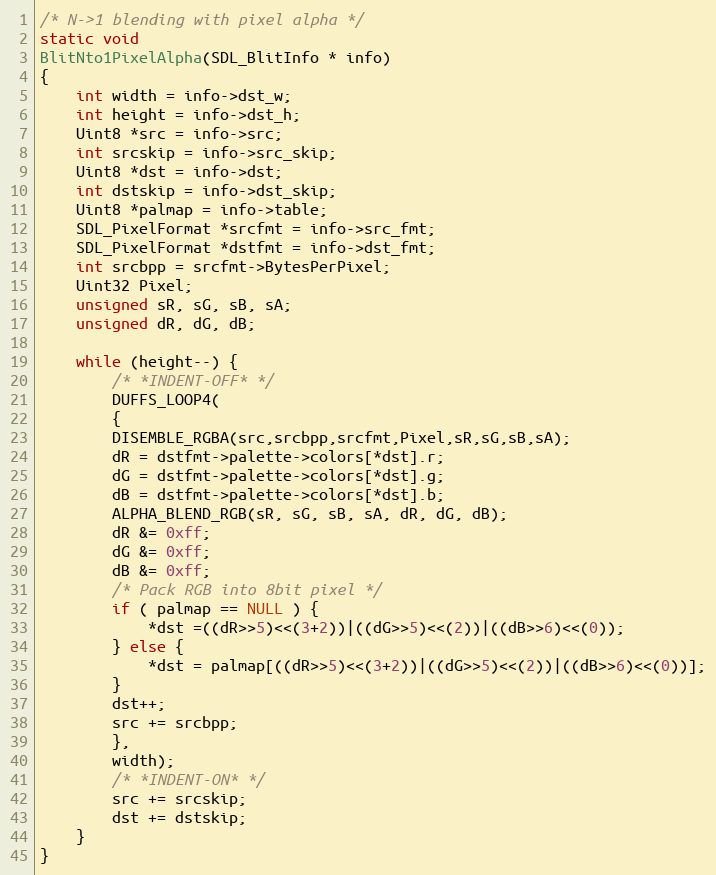
Language: C
/* N->1 blending with pixel alpha */
static void
BlitNto1PixelAlpha(SDL_BlitInfo * info)
{
    int width = info->dst_w;
    int height = info->dst_h;
    Uint8 *src = info->src;
    int srcskip = info->src_skip;
    Uint8 *dst = info->dst;
    int dstskip = info->dst_skip;
    Uint8 *palmap = info->table;
    SDL_PixelFormat *srcfmt = info->src_fmt;
    SDL_PixelFormat *dstfmt = info->dst_fmt;
    int srcbpp = srcfmt->BytesPerPixel;
    Uint32 Pixel;
    unsigned sR, sG, sB, sA;
    unsigned dR, dG, dB;

    while (height--) {
	    /* *INDENT-OFF* */
	    DUFFS_LOOP4(
	    {
		DISEMBLE_RGBA(src,srcbpp,srcfmt,Pixel,sR,sG,sB,sA);
		dR = dstfmt->palette->colors[*dst].r;
		dG = dstfmt->palette->colors[*dst].g;
		dB = dstfmt->palette->colors[*dst].b;
		ALPHA_BLEND_RGB(sR, sG, sB, sA, dR, dG, dB);
		dR &= 0xff;
		dG &= 0xff;
		dB &= 0xff;
		/* Pack RGB into 8bit pixel */
		if ( palmap == NULL ) {
		    *dst =((dR>>5)<<(3+2))|((dG>>5)<<(2))|((dB>>6)<<(0));
		} else {
		    *dst = palmap[((dR>>5)<<(3+2))|((dG>>5)<<(2))|((dB>>6)<<(0))];
		}
		dst++;
		src += srcbpp;
	    },
	    width);
	    /* *INDENT-ON* */
        src += srcskip;
        dst += dstskip;
    }
}